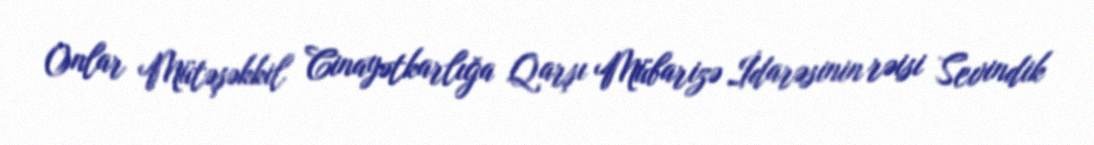
Onlar Mütəşəkkil Cinayətkarlığa Qarşı Mübarizə İdarəsinin rəisi Sevindik